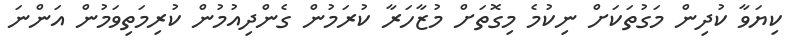
ކިޔަވާ ކުދިން މަގުތަކަށް ނިކުމެ މިގޮތަށް މުޒާހަރާ ކުރަމުން ގެންދިއުމުން ކުރިމަތިވަމުން އަންނަ